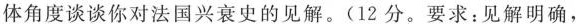
体角度谈谈你对法国兴衰史的见解。(12 分。要求:见解明确，